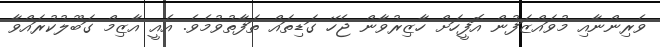
ވެރިންނާއި މުވައްޒަފުން އޮފީހަށް ހާޒިރުވާން ޖެހޭ ގަޑިތައް ތަފާތުވުމެވެ. އެއީ އާޒިމް ގަބޫލުކުރައްވާ